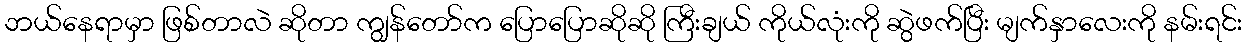
ဘယ်နေရာမှာ ဖြစ်တာလဲ ဆိုတာ ကျွန်တော်က ပြောပြောဆိုဆို ကြီးချယ် ကိုယ်လုံးကို ဆွဲဖက်ပြီး မျက်နှာလေးကို နမ်းရင်း